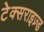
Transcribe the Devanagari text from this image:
टेक्सराइज़्ड